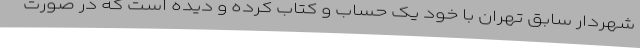
شهردار سابق تهران با خود یک حساب و کتاب کرده و دیده است که در صورت